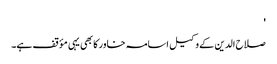
'
صلاح الدین کے وکیل اسامہ خاور کا بھی یہی مؤقف ہے۔